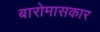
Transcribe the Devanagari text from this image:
बारोमासकार